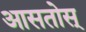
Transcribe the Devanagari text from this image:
आसतोस्